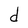
Character: d